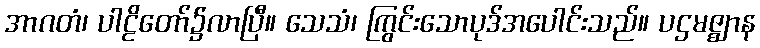
အာဂတံ၊ ပါဠိတော်၌လာပြီ။ သေသံ၊ ကြွင်းသောပုဒ်အပေါင်းသည်။ ပဌမဇ္ဈာန